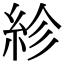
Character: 紾